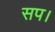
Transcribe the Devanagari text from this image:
सप।